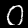
Digit: 0